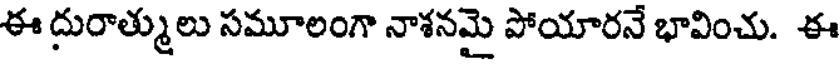
ఈ దురాత్ములు సమూలంగా నాశనమై పోయారనే భావించు. ఈ